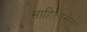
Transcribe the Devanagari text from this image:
साहित्यसेतू